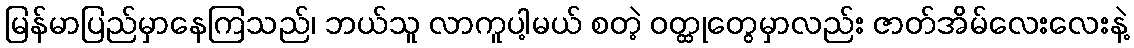
မြန်မာပြည်မှာနေကြသည်၊ ဘယ်သူ လာကူပါ့မယ် စတဲ့ ဝတ္ထုတွေမှာလည်း ဇာတ်အိမ်လေးလေးနဲ့